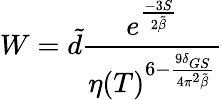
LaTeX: W=\tilde{d}\frac{e^{\frac{-3S}{2\tilde{\beta}}}}{\eta(T)^{6-\frac{9\delta_{GS}}{4\pi^{2}\tilde{\beta}}}}